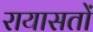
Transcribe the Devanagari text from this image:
रायासतों